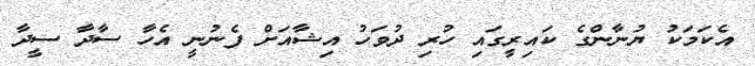
އެކަމަކު ޔުނާންގެ ކައިރީގައި ހުރި ދުވަހު އިޝާއަށް ފެނުނީ އެހާ ސާދާ ސީދާ